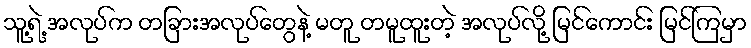
သူ့ရဲ့ အလုပ်က တခြားအလုပ်တွေနဲ့ မတူ တမူထူးတဲ့ အလုပ်လို့ မြင်ကောင်း မြင်ကြမှာ